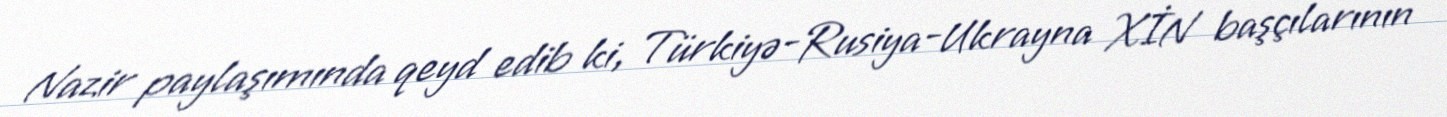
Nazir paylaşımında qeyd edib ki, Türkiyə-Rusiya-Ukrayna XİN başçılarının